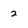
Character: 2